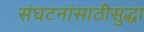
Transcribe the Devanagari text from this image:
संघटनांसाठीसुद्धा